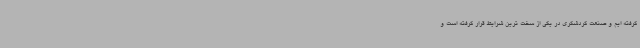
گرفته ایم و صنعت گردشگری در یکی از سخت ترین شرایط قرار گرفته است و